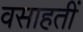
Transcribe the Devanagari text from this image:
वसाहतीं